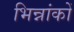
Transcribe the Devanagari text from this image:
भिन्नांकों